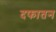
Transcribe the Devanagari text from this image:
दफातन